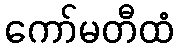
ကော်မတီထံ